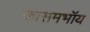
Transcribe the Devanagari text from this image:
कासमभॉय